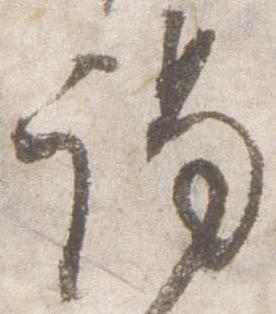
謁